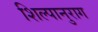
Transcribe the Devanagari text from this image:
शिल्पानुराग